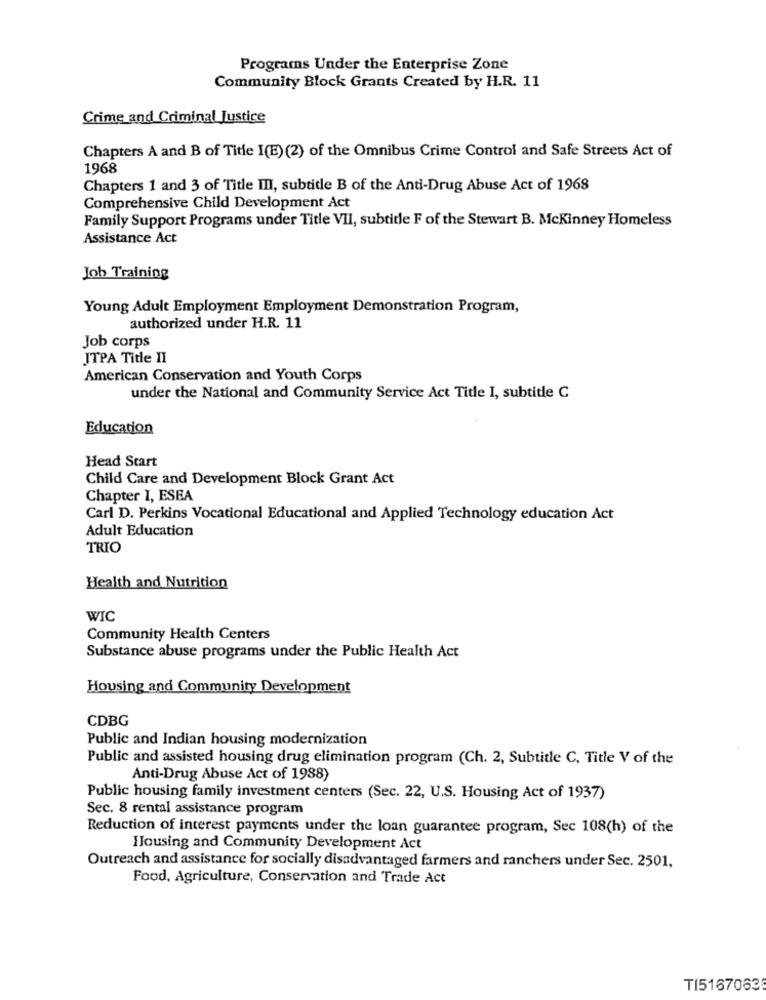
Programs Under the Enterprise Zone
Community Block Grants Created by H.R. 11
Crime and Criminal Justice
Chapters A and B of Title I(E) (2) of the Omnibus Crime Control and Safe Streets Act of
1968
Chapters 1 and 3 of Title III, subtide B of the Anti-Drug Abuse Act of 1968
Comprehensive Child Development Act
Family Support Programs under Title VII, subtitle F of the Stewart B. Mckinney Homeless
Assistance Act
Job Training
Young Adult Employment Employment Demonstration Program,
authorized under H.R. 11
Job corps
JTPA Title II
American Conservation and Youth Corps
under the National and Community Service Act Title I, subtitle C
Education
Head Start
Child Care and Development Block Grant Act
Chapter I, ESEA
Carl D. Perkins Vocational Educational and Applied Technology education Act
Adult Education
TRIO
Health and Nutrition
WIC
Community Health Centers
Substance abuse programs under the Public Health Act
Housing and Community Development
CDBG
Public and Indian housing modernization
Public and assisted housing drug elimination program (Ch. 2, Subtitle C, Title V of the
Anti-Drug Abuse Act of 1988)
Public housing family investment centers (Sec. 22, U.S. Housing Act of 1937)
Sec. 8 rental assistance program
Reduction of interest payments under the loan guarantee program, Sec 108(h) of the
Housing and Community Development Act
Outreach and assistance for socially disadvantaged farmers and ranchers under Sec. 2501,
Food, Agriculture, Conservation and Trade Act
T15167063